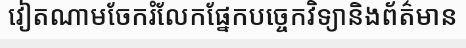
វៀតណាមចែករំលែកផ្នែកបច្ចេកវិទ្យានិងព័ត៌មាន